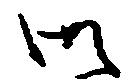
御